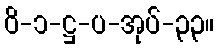
ဝိ-၁-ဋ္ဌ-ပ-အုပ်-၃၃။